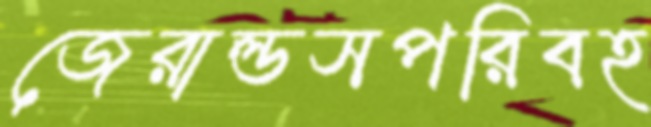
জেরাল্ডসপরিবহ